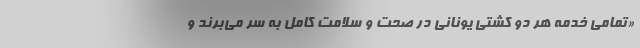
«تمامی خدمه هر دو کشتی یونانی در صحت و سلامت کامل به سر می‌برند و